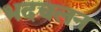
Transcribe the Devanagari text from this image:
भदचलन